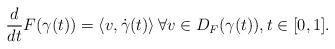
LaTeX: \begin{align*}\frac{d}{d t} F(\gamma(t)) = \left\langle v, \dot{\gamma}(t) \right\rangle\forall v \in D_F(\gamma(t)), t \in [0,1].\end{align*}